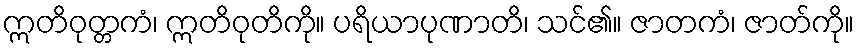
ဣတိဝုတ္တကံ၊ ဣတိဝုတိကို။ ပရိယာပုဏာတိ၊ သင်၏။ ဇာတကံ၊ ဇာတ်ကို။